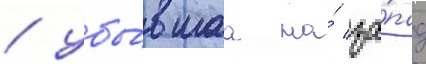
/ убы́вшаа на́ за́пад